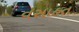
વસાહત